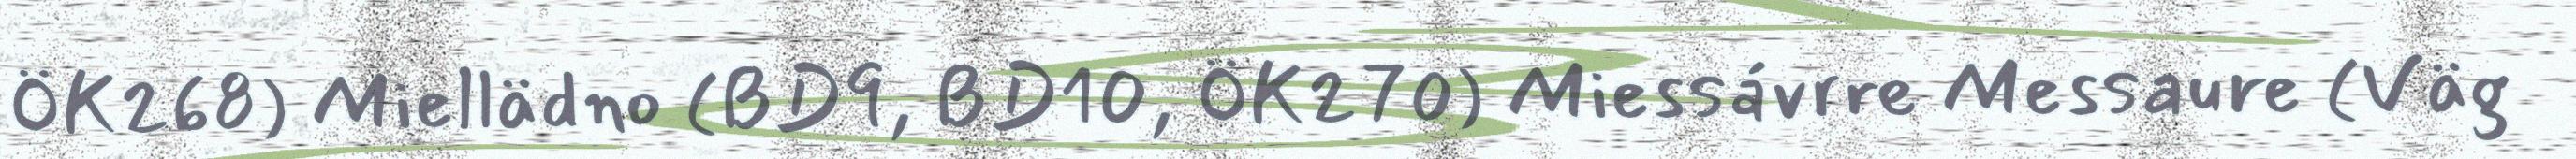
ÖK268) Miellädno (BD9, BD10, ÖK270) Miessávrre Messaure (Väg